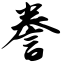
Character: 誊